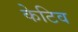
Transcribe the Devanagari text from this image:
केटिव